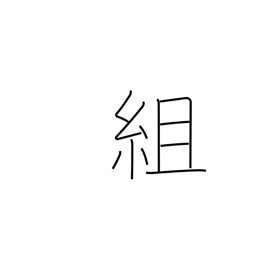
Meaning: construct